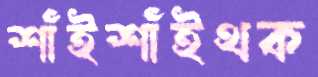
শাঁইশাঁইথক